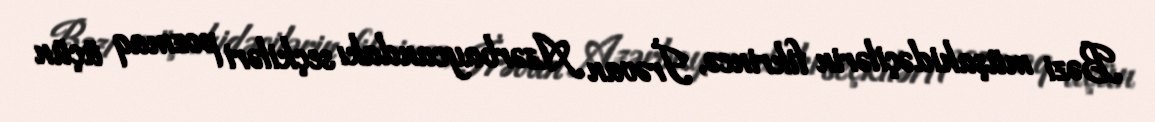
Bəzi müşahidəçilərin fikrincə, İrəvan Azərbaycandakı seçkiləri pozmaq üçün